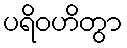
ပရိဝဟိတွာ